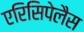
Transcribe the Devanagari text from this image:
एरिसिपेलैस